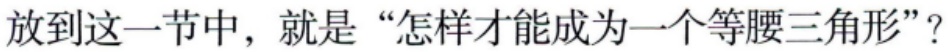
放到这一节中，就是“怎样才能成为一个等腰三角形”？